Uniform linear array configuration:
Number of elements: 48
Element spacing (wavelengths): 0.25
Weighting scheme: blackman
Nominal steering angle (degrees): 0
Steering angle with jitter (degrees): -0.07255
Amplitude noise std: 0.05
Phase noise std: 0.05

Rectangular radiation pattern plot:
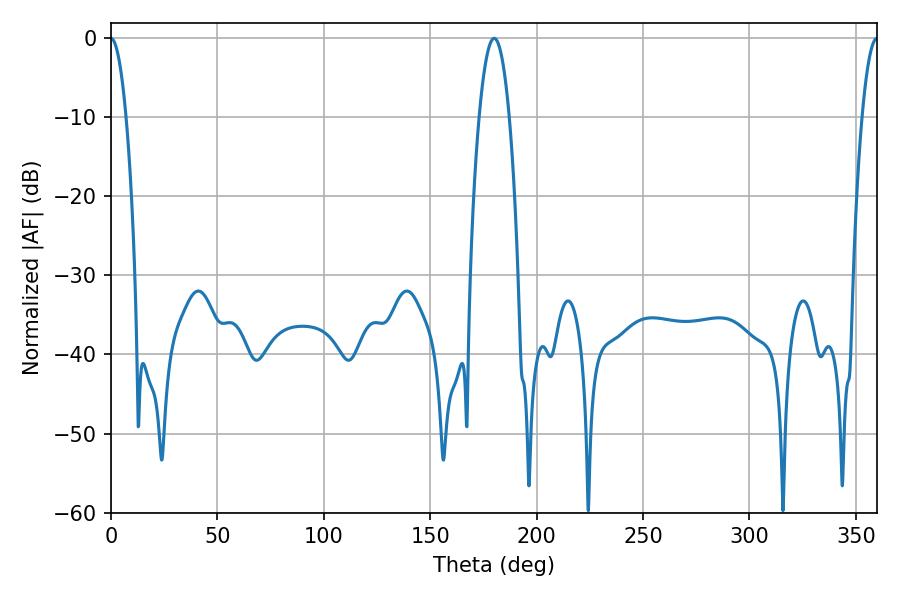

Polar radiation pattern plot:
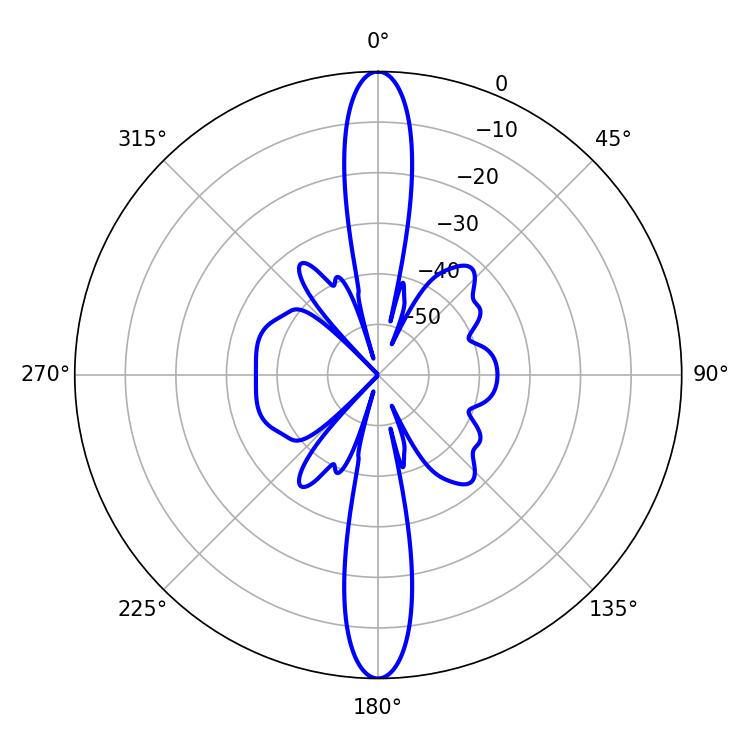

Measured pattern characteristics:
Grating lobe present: FALSE
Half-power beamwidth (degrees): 3.78
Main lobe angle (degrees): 0